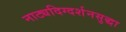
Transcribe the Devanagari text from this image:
नाट्यदिग्दर्शनसुद्धा